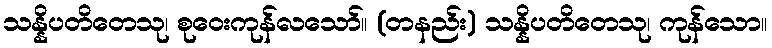
သန္နိပတိတေသု၊ စုဝေးကုန်လသော်။ (တနည်း) သန္နိပတိတေသု၊ ကုန်သော။